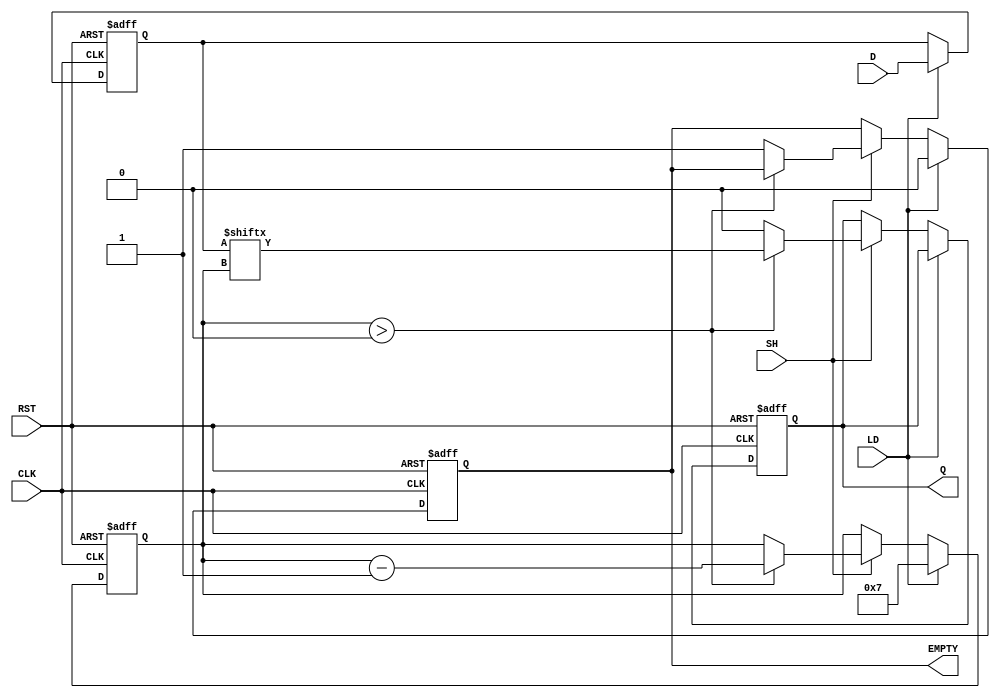
module dynamic_piso #(
    parameter N = 8  // Define the size of the register (N bits)
)(
    input  wire [N-1:0] D,    // Parallel data input
    input  wire LD,            // Load control signal
    input  wire SH,            // Shift control signal
    input  wire CLK,           // Clock signal
    input  wire RST,           // Reset signal
    output reg  Q,             // Serial output
    output reg  EMPTY          // Empty flag output
);

    reg [N-1:0] storage;       // Storage for the N bits
    reg [N-1:0] count;         // Counter for shifting bits

    always @(posedge CLK or posedge RST) begin
        if (RST) begin
            storage <= 0;       // Clear the storage on reset
            Q <= 0;             // Clear serial output
            EMPTY <= 1;         // Set EMPTY flag
            count <= 0;         // Reset count
        end else begin
            if (LD) begin
                storage <= D;    // Load data into storage
                EMPTY <= 0;      // Clear EMPTY flag
                count <= N - 1;  // Initialize count for shifting
            end else if (SH) begin
                if (count > 0) begin
                    Q <= storage[count]; // Shift out the MSB
                    count <= count - 1;  // Decrement count
                end else begin
                    Q <= 0;            // If no bits left to shift, output 0
                    EMPTY <= 1;        // Set EMPTY flag when done shifting
                end
            end
        end
    end

endmodule